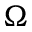
\Omega